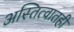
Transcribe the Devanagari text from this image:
अस्तित्वातही